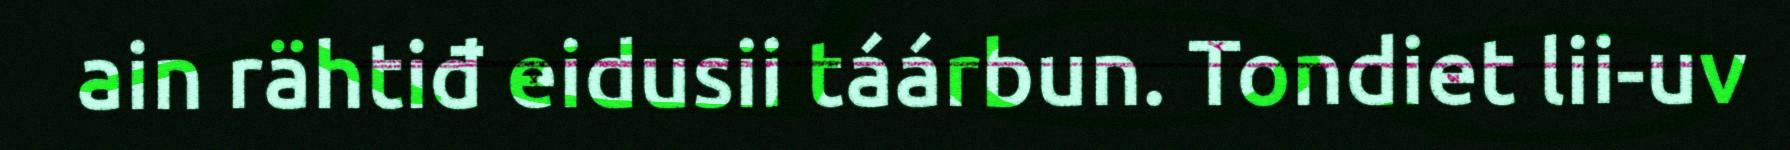
ain rähtiđ eidusii táárbun. Tondiet lii-uv